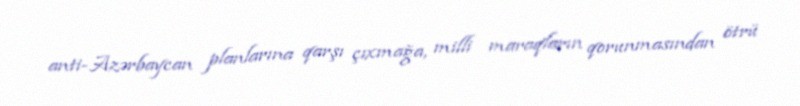
anti-Azərbaycan planlarına qarşı çıxmağa, milli maraqların qorunmasından ötrü